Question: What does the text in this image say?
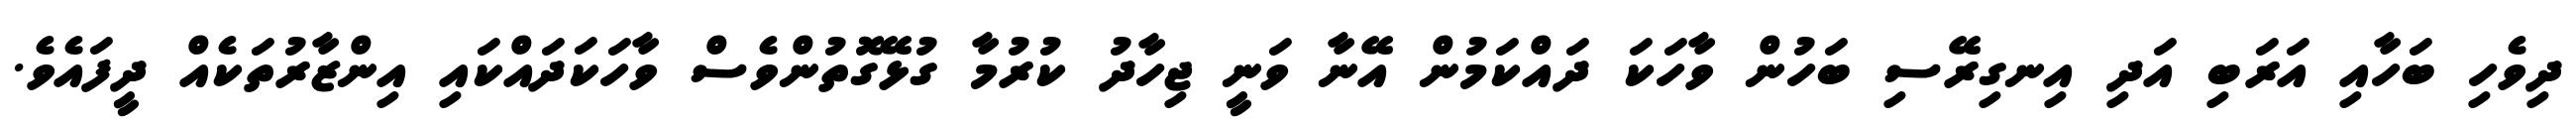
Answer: ދިވެހި ބަހާއި އަރަބި އަދި އިނގިރޭސި ބަހުން ވާހަކަ ދައްކަމުން އޭނާ ވަނީ ޖިހާދު ކުރުމާ ގުޅޭގޮތުންވެސް ވާހަކަދައްކައި އިންޒާރުތަކެއް ދީފައެވެ.